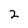
Character: 2